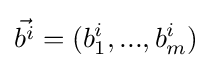
{\vec {b^{i}}}=(b_{1}^{i},...,b_{m}^{i})